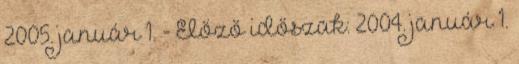
2005. január 1. - Előző időszak: 2004. január 1.